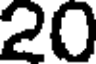
20